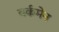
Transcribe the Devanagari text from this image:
वर्कमेन